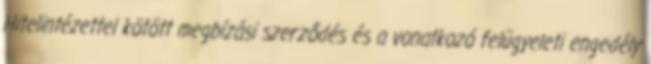
Hitelintézettel kötött megbízási szerződés és a vonatkozó felügyeleti engedély